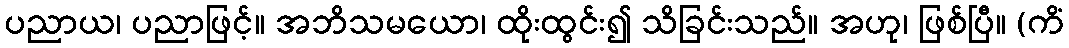
ပညာယ၊ ပညာဖြင့်။ အဘိသမယော၊ ထိုးထွင်း၍ သိခြင်းသည်။ အဟု၊ ဖြစ်ပြီ။ (ကိံ